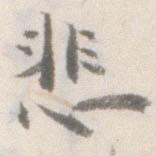
悲